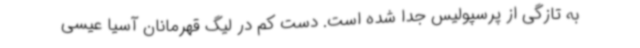
به تازگی از پرسپولیس جدا شده است. دست‌ کم در لیگ قهرمانان آسیا عیسی